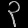
Digit: ၃